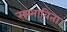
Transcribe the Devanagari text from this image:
सम्भाविता